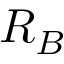
R _ { B }